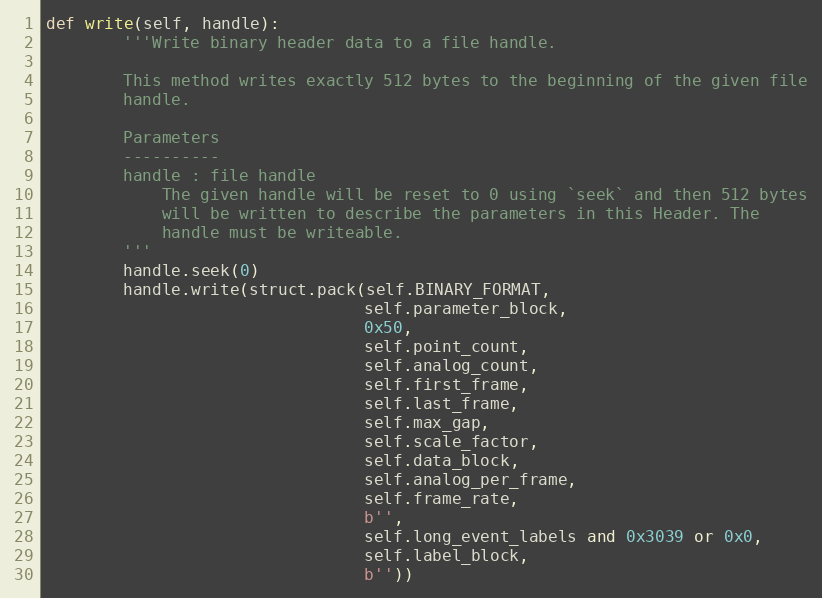
Language: Python
def write(self, handle):
        '''Write binary header data to a file handle.

        This method writes exactly 512 bytes to the beginning of the given file
        handle.

        Parameters
        ----------
        handle : file handle
            The given handle will be reset to 0 using `seek` and then 512 bytes
            will be written to describe the parameters in this Header. The
            handle must be writeable.
        '''
        handle.seek(0)
        handle.write(struct.pack(self.BINARY_FORMAT,
                                 self.parameter_block,
                                 0x50,
                                 self.point_count,
                                 self.analog_count,
                                 self.first_frame,
                                 self.last_frame,
                                 self.max_gap,
                                 self.scale_factor,
                                 self.data_block,
                                 self.analog_per_frame,
                                 self.frame_rate,
                                 b'',
                                 self.long_event_labels and 0x3039 or 0x0,
                                 self.label_block,
                                 b''))